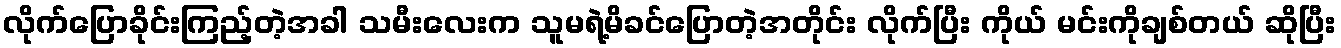
လိုက်ပြောခိုင်းကြည့်တဲ့အခါ သမီးလေးက သူမရဲ့မိခင်ပြောတဲ့အတိုင်း လိုက်ပြီး ကိုယ် မင်းကိုချစ်တယ် ဆိုပြီး